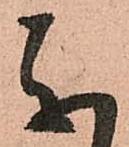
参